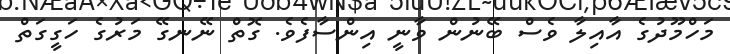
މަހްމޫދުގެ އާއިލާ ވެސް ބޭނުން ވާނީ އިންސާފެވެ. ގޮތް ނޭނގޭ މަރުގެ ހަގީގަތް